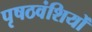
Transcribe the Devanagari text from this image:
पृषठवंशियों